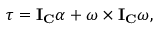
{ \boldsymbol { \tau } } = \mathbf { I } _ { \mathbf { C } } { \boldsymbol { \alpha } } + { \boldsymbol { \omega } } \times \mathbf { I } _ { \mathbf { C } } { \boldsymbol { \omega } } ,